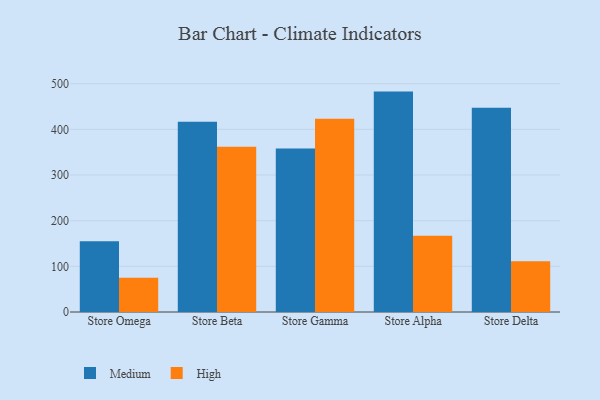
{"axis": {"x": "Store", "y": "Website Visitors"}, "legend": ["High", "Medium"], "data": [{"x": "Store Omega", "y": 154.7, "type": "Medium"}, {"x": "Store Omega", "y": 75.1, "type": "High"}, {"x": "Store Beta", "y": 416.8, "type": "Medium"}, {"x": "Store Beta", "y": 362.1, "type": "High"}, {"x": "Store Gamma", "y": 358.2, "type": "Medium"}, {"x": "Store Gamma", "y": 423.3, "type": "High"}, {"x": "Store Alpha", "y": 482.7, "type": "Medium"}, {"x": "Store Alpha", "y": 167.0, "type": "High"}, {"x": "Store Delta", "y": 447.3, "type": "Medium"}, {"x": "Store Delta", "y": 110.9, "type": "High"}]}